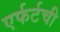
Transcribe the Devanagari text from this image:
एर्फर्टची